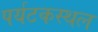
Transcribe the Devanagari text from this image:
पर्यटकस्थल